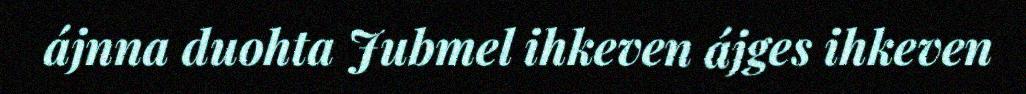
ájnna duohta Jubmel ihkeven ájges ihkeven